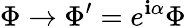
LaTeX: \Phi\rightarrow\Phi^{\prime}=e^{\mathbf{i}\alpha}\Phi